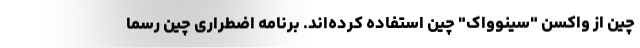
چین از واکسن "سینوواک" چین استفاده کرده‌اند. برنامه اضطراری چین رسما